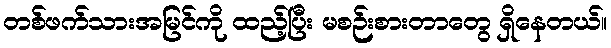
တစ်ဖက်သားအမြင်ကို ထည့်ပြီး မစဉ်းစားတာတွေ ရှိနေတယ်။